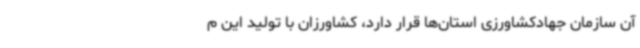
آن سازمان جهادکشاورزی استان‌ها قرار دارد، کشاورزان با تولید این م